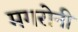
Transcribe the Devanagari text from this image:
मगरोनी